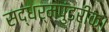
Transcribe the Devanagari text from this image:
सद्धर्मपुंडरीक।